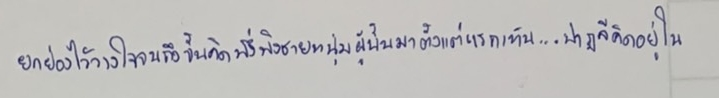
ยกย่องไว้วางใจจนถึงขั้นคิดพึ่งพิงชายหนุ่มผู้นั้นมาตั้งแต่แรกเห็น...ปาฏลีคิดอยู่ในใจ